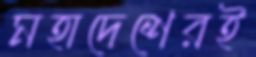
মহাদেশেরই